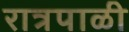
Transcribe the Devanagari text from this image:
रात्रपाळी